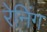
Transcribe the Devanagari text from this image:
रेनिंग